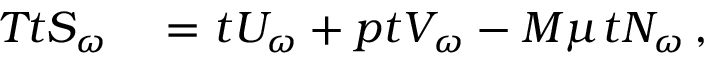
\begin{array} { r l } { T \d _ { t } S _ { \omega } } & { { } = \d _ { t } U _ { \omega } + p \d _ { t } V _ { \omega } - M \mu \d _ { t } N _ { \omega } \, , } \end{array}